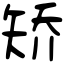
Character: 矫